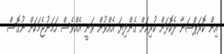
އިން ކޮރަޕްޝަނާ ދެކޮޅަށް ކުރިއަށް ގެންދިޔަ އެއްވުން ވަނީ އެއްވެސް ހަމަނުޖެމަކަށް ނުގޮސް